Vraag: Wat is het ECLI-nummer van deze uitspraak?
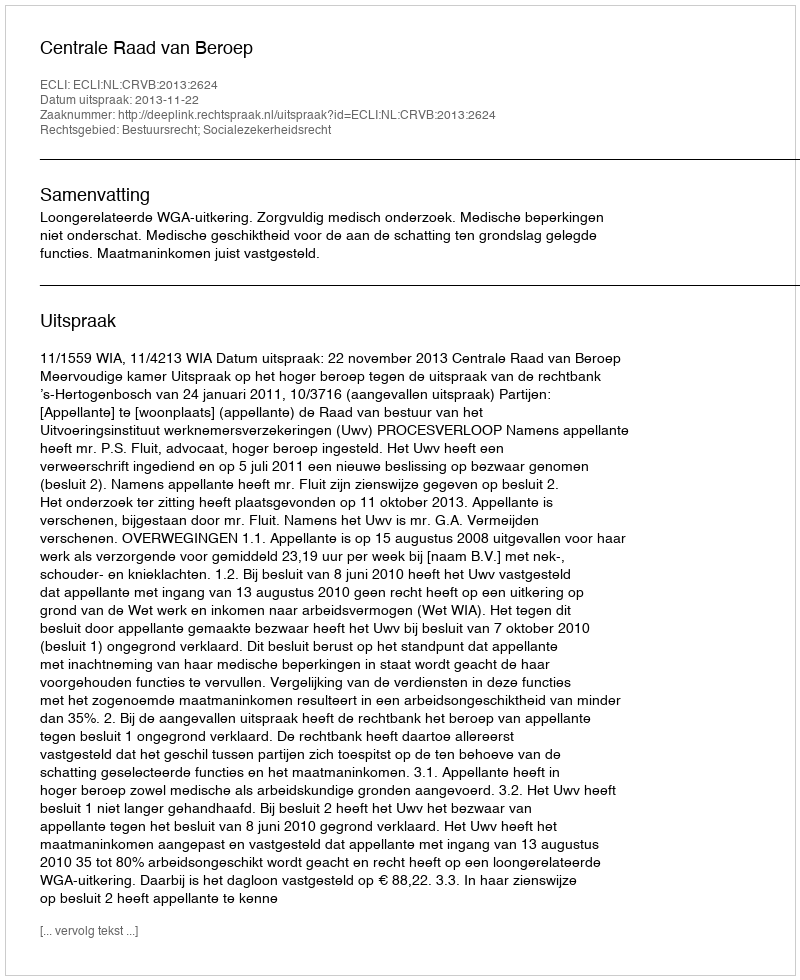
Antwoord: ECLI:NL:CRVB:2013:2624